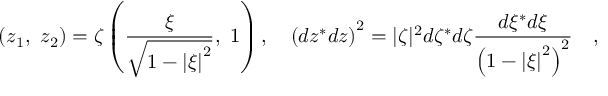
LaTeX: \left( { { z _ { 1 } } , \ { z _ { 2 } } } \right) = \zeta \left( { { \frac { \xi } { \sqrt { 1 - \left| \xi \right| ^ { 2 } } } } , \ 1 } \right) , \quad \left( { d z ^ { * } d z } \right) ^ { 2 } = | \zeta | ^ { 2 } d \zeta ^ { * } d \zeta { \frac { d \xi ^ { * } d \xi } { \left( { 1 - \left| \xi \right| ^ { 2 } } \right) ^ { 2 } } } \quad ,